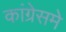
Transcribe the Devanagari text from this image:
कांग्रेसमे